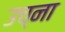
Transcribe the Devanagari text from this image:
उच्ना